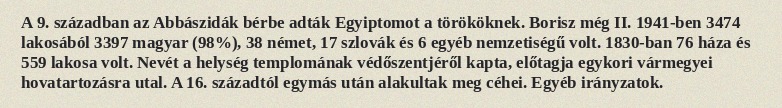
A 9. században az Abbászidák bérbe adták Egyiptomot a törököknek. Borisz még II. 1941-ben 3474 lakosából 3397 magyar (98%), 38 német, 17 szlovák és 6 egyéb nemzetiségű volt. 1830-ban 76 háza és 559 lakosa volt. Nevét a helység templomának védőszentjéről kapta, előtagja egykori vármegyei hovatartozásra utal. A 16. századtól egymás után alakultak meg céhei. Egyéb irányzatok.